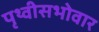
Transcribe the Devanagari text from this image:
पृथ्वीसभोवार